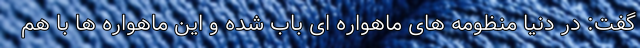
گفت: در دنیا منظومه های ماهواره ای باب شده و این ماهواره ها با هم